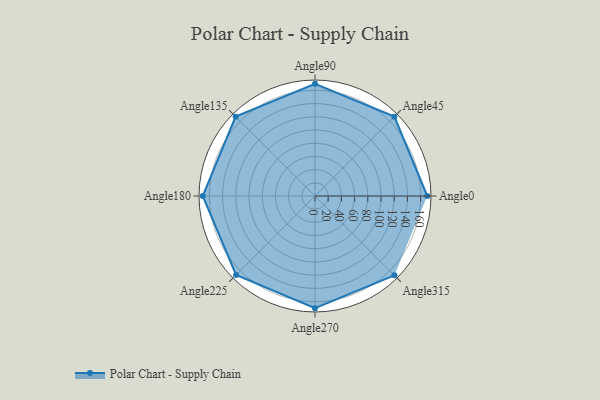
{"axis": {"x": "Angle", "y": "Radius"}, "legend": [""], "data": [{"x": "Angle0", "y": 170.0, "type": ""}, {"x": "Angle45", "y": 170, "type": ""}, {"x": "Angle90", "y": 170, "type": ""}, {"x": "Angle135", "y": 170, "type": ""}, {"x": "Angle180", "y": 170, "type": ""}, {"x": "Angle225", "y": 169.0, "type": ""}, {"x": "Angle270", "y": 170, "type": ""}, {"x": "Angle315", "y": 170, "type": ""}]}